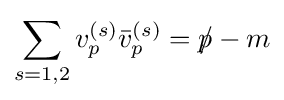
\sum _{s=1,2}{v_{p}^{(s)}{\bar {v}}_{p}^{(s)}}=p\!\!\!/-m